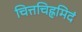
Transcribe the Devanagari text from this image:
चित्तचिह्नमिदं